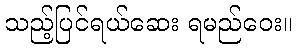
သည့်ပြင်ရယ်ဆေး ရမည်ဝေး။